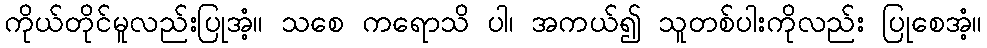
ကိုယ်တိုင်မူလည်းပြုအံ့။ သစေ ကရောသိ ပါ၊ အကယ်၍ သူတစ်ပါးကိုလည်း ပြုစေအံ့။